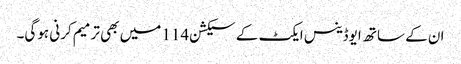
ان کے ساتھ ایوڈینس ایکٹ کے سیکشن 114 میں بھی ترمیم کرنی ہوگی۔